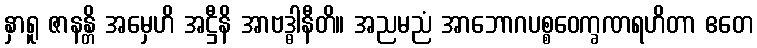
နှာရူ ဇာနန္တိ အမှေဟိ အဋ္ဌီနိ အာဗဒ္ဓါနီတိ။ အညမညံ အာဘောဂပစ္စဝေက္ခဏရဟိတာ ဧတေ